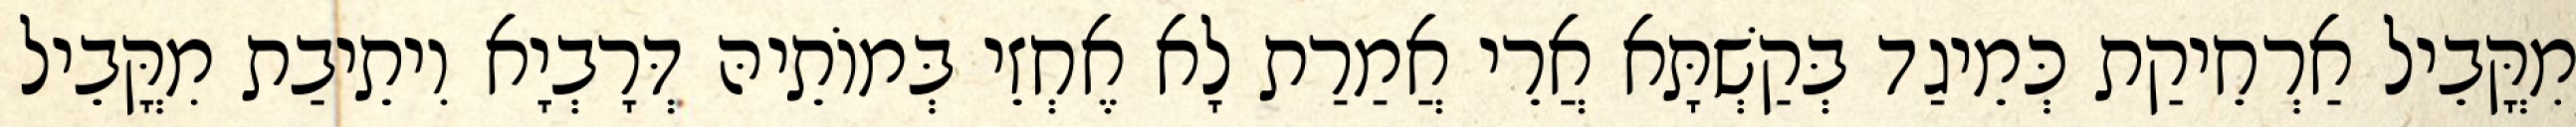
מִקֳּבֵיל אַרְחֵיקַת כְּמֵיגַד בְּקַשְׁתָּא אֲרֵי אֲמַרַת לָא אֶחְזֵי בְּמוֹתֵיהּ דְּרָבְיָא וִיתֵיבַת מִקֳּבֵיל